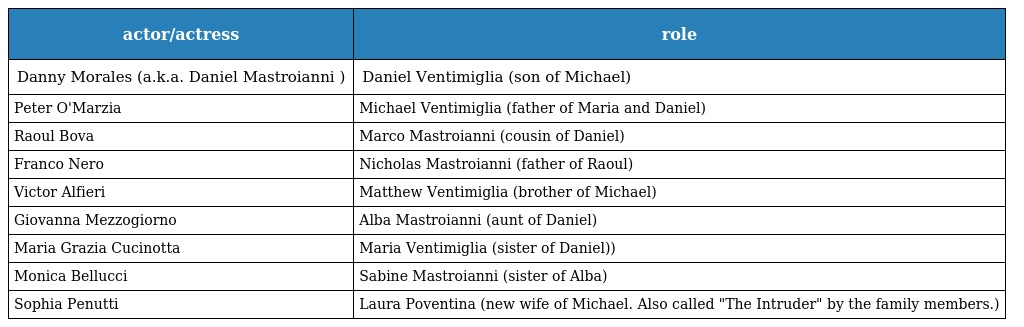
| actor/actress | role |
 | --- | --- |
 | Danny Morales (a.k.a. Daniel Mastroianni ) | Daniel Ventimiglia (son of Michael) |
 | Peter O'Marzia | Michael Ventimiglia (father of Maria and Daniel) |
 | Raoul Bova | Marco Mastroianni (cousin of Daniel) |
 | Franco Nero | Nicholas Mastroianni (father of Raoul) |
 | Victor Alfieri | Matthew Ventimiglia (brother of Michael) |
 | Giovanna Mezzogiorno | Alba Mastroianni (aunt of Daniel) |
 | Maria Grazia Cucinotta | Maria Ventimiglia (sister of Daniel)) |
 | Monica Bellucci | Sabine Mastroianni (sister of Alba) |
 | Sophia Penutti | Laura Poventina (new wife of Michael. Also called "The Intruder" by the family members.) |